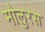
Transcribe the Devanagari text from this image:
मोलुरस